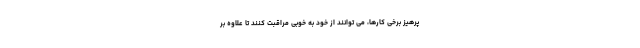
پرهیز برخی کارها، می توانند از خود به خوبی مراقبت کنند تا علاوه بر